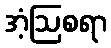
အံ့ဩစရာ